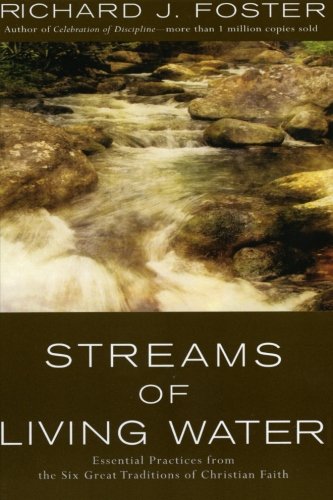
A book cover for Streams of Living Water: Celebrating the Great Traditions of Christian Faith; Richard J. Foster; Christian Books & Bibles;